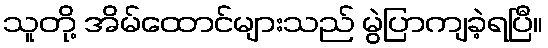
သူတို့ အိမ်ထောင်များသည် မွဲပြာကျခဲ့ရပြီ။